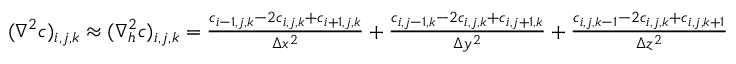
\begin{array} { r } { ( \nabla ^ { 2 } c ) _ { i , j , k } \approx ( \nabla _ { h } ^ { 2 } c ) _ { i , j , k } = \frac { c _ { i - 1 , j , k } - 2 c _ { i , j , k } + c _ { i + 1 , j , k } } { \Delta x ^ { 2 } } + \frac { c _ { i , j - 1 , k } - 2 c _ { i , j , k } + c _ { i , j + 1 , k } } { \Delta y ^ { 2 } } + \frac { c _ { i , j , k - 1 } - 2 c _ { i , j , k } + c _ { i , j , k + 1 } } { \Delta z ^ { 2 } } } \end{array}